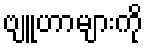
ဗျူဟာများကို